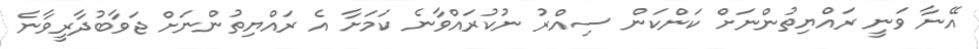
އޭނާ ވަނީ ރައްޔިތުންނަށް ކަންކަން ސިއްރު ނުކުރައްވާނެ ކަމަށާ އެ ރައްޔިތުންނަށް ޖަވާބުދާރީވާނެ